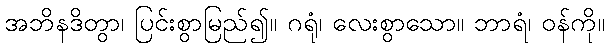
အဘိနဒိတွာ၊ ပြင်းစွာမြည်၍။ ဂရုံ၊ လေးစွာသော။ ဘာရံ၊ ဝန်ကို။